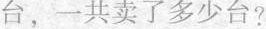
台，一共卖了多少台?